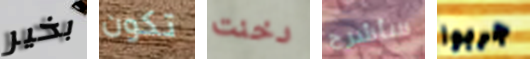
بخير تكون دخنت سأشرح جربوا